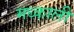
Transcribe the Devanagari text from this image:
मध्काली